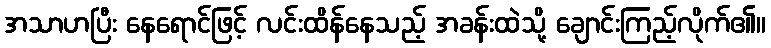
အသာဟပြီး နေရောင်ဖြင့် လင်းထိန်နေသည့် အခန်းထဲသို့ ချောင်းကြည့်လိုက်၏။